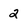
Character: 2